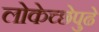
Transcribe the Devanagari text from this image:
लोकेच्छेपुढे